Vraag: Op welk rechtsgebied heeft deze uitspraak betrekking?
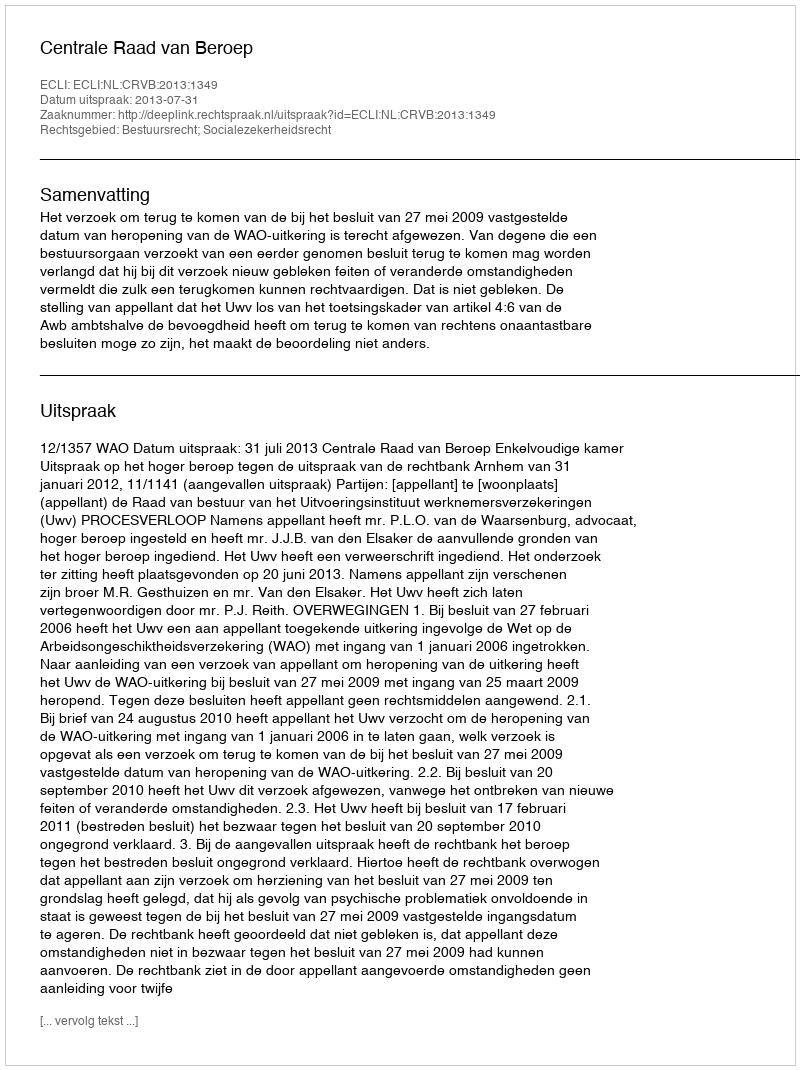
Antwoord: Bestuursrecht; Socialezekerheidsrecht